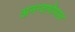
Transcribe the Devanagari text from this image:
अनन्तगोपाल